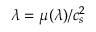
\lambda = \mu ( \lambda ) / c _ { s } ^ { 2 }